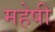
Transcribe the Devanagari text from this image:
महेषी